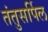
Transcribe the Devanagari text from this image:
तंतुसर्पिल